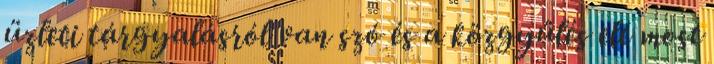
üzleti tárgyalásról van szó és a közgyűlés elé most